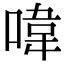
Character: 喡